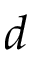
d